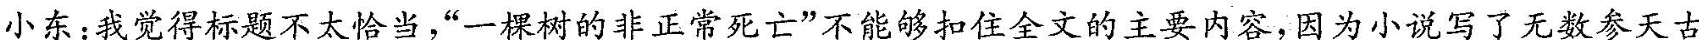
小东:我觉得标题不大恰当，“一棵树的非正常死亡”不能够扣住全文的主要内容因为小说写了无数参天古